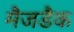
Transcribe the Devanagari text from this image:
मैजडैक